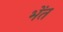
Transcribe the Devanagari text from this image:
भेंत